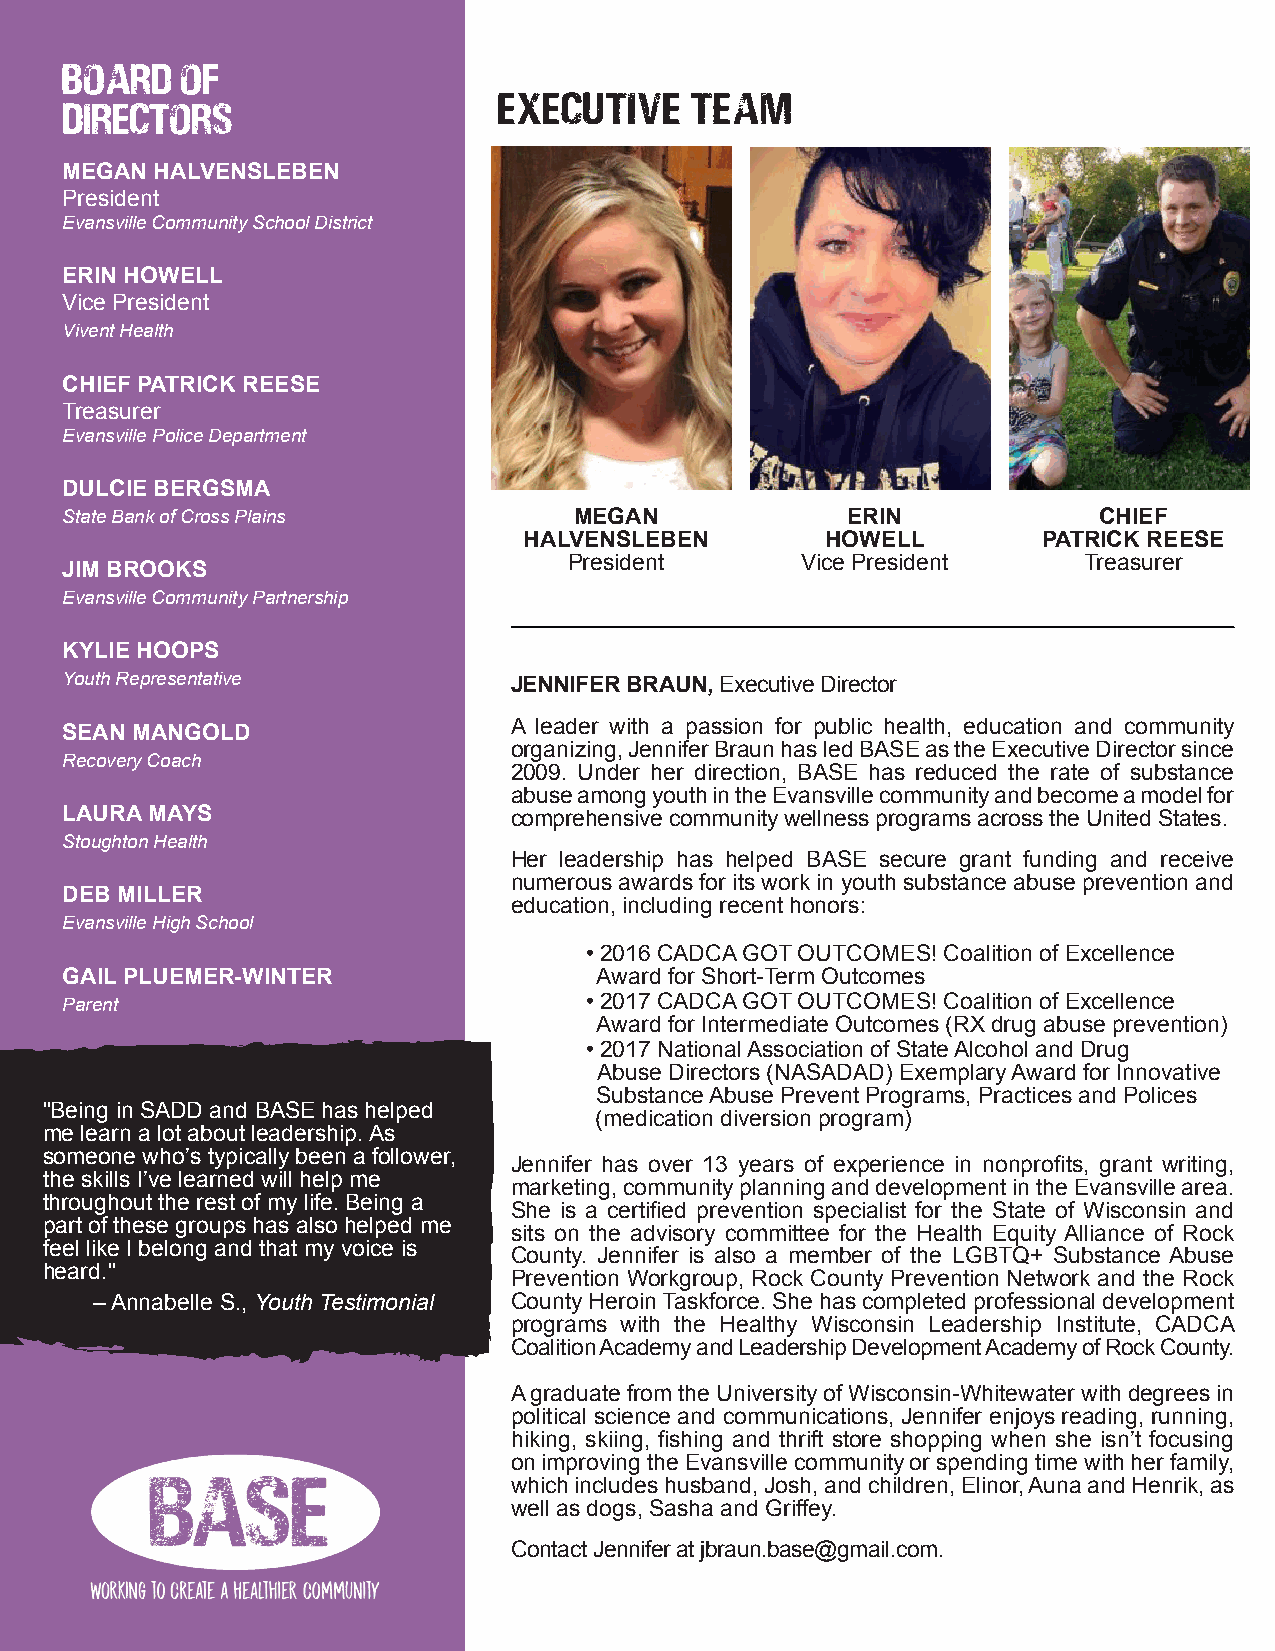
MEGAN HALVENSLEBEN
 President
 Evansville Community School District
 ERIN HOWELL
 Vice President
 Vivent Health
 CHIEF PATRICK REESE
 Treasurer
 Evansville Police Department
 DULCIE BERGSMA
 State Bank of Cross Plains        MEGAN             ERIN             CHIEF
 HALVENSLEBEN        HOWELL        PATRICK REESE
 President      Vice President     Treasurer
 JIM BROOKS
 Evansville Community Partnership
 KYLIE HOOPS
 Youth Representative          JENNIFER BRAUN, Executive Director
 A leader with a passion for public health, education and community
 SEAN MANGOLD
 organizing, Jennifer Braun has led BASE as the Executive Director since
 Recovery Coach
 2009. Under her direction, BASE has reduced the rate of substance
 abuse among youth in the Evansville community and become a model for
 LAURA MAYS                    comprehensive community wellness programs across the United States.
 Stoughton Health
 Her leadership has helped BASE secure grant funding and receive
 numerous awards for its work in youth substance abuse prevention and
 DEB MILLER
 education, including recent honors:
 Evansville High School
 • 2016 CADCA GOT OUTCOMES! Coalition of Excellence
 GAIL PLUEMER-WINTER                 Award for Short-Term Outcomes
 Parent                             • 2017 CADCA GOT OUTCOMES! Coalition of Excellence
 Award for Intermediate Outcomes (RX drug abuse prevention)
 • 2017 National Association of State Alcohol and Drug
 Abuse Directors (NASADAD) Exemplary Award for Innovative
 Substance Abuse Prevent Programs, Practices and Polices
 "Being in SADD and BASE has helped
 (medication diversion program)
 me learn a lot about leadership. As
 someone who’s typically been a follower,
 Jennifer has over 13 years of experience in nonprofits, grant writing,
 the skills I’ve learned will help me
 marketing, community planning and development in the Evansville area.
 throughout the rest of my life. Being a
 She is a certified prevention specialist for the State of Wisconsin and
 part of these groups has also helped me
 sits on the advisory committee for the Health Equity Alliance of Rock
 feel like I belong and that my voice is
 County. Jennifer is also a member of the LGBTQ+ Substance Abuse
 heard."
 Prevention Workgroup, Rock County Prevention Network and the Rock
 – Annabelle S., Youth Testimonial County Heroin Taskforce. She has completed professional development
 programs with the Healthy Wisconsin Leadership Institute, CADCA
 Coalition Academy and Leadership Development Academy of Rock County.
 A graduate from the University of Wisconsin-Whitewater with degrees in
 political science and communications, Jennifer enjoys reading, running,
 hiking, skiing, fishing and thrift store shopping when she isn’t focusing
 on improving the Evansville community or spending time with her family,
 which includes husband, Josh, and children, Elinor, Auna and Henrik, as
 well as dogs, Sasha and Griffey.
 Contact Jennifer at jbraun.base@gmail.com.